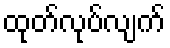
ထုတ်လုပ်လျက်